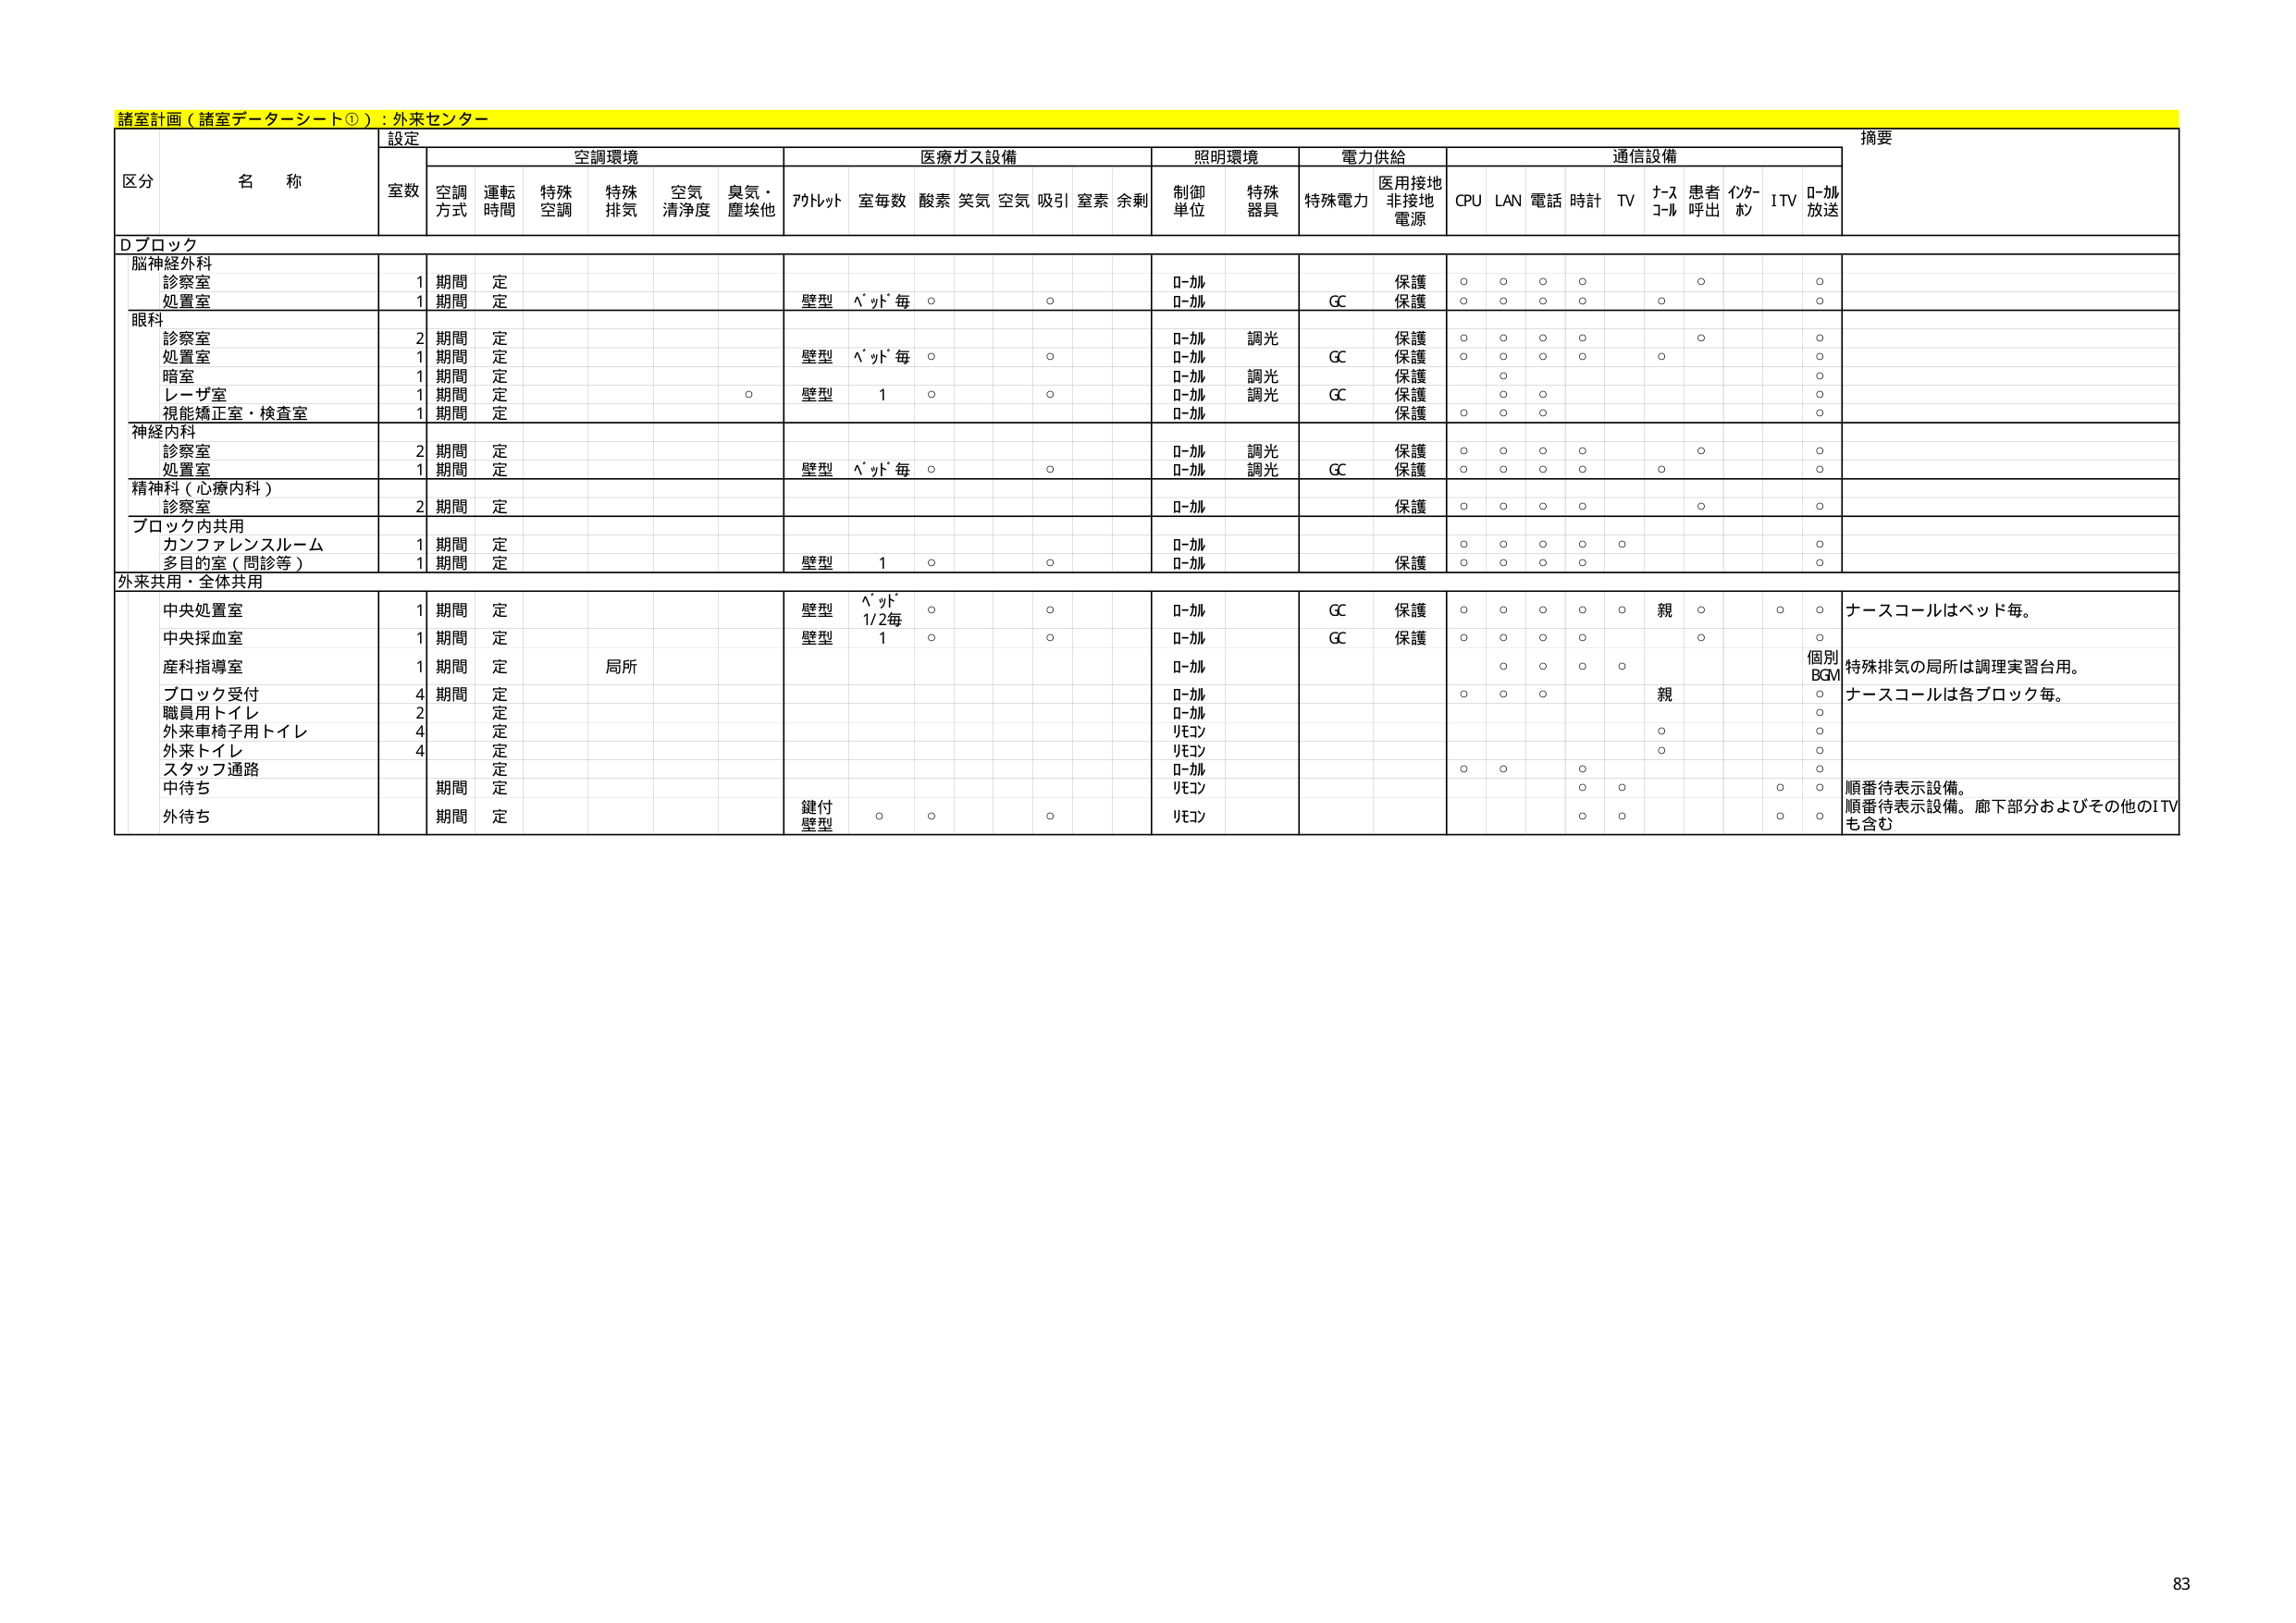
諸室計画（諸室データーシート①）：外来センター

設定
摘要

区分 名称
室数 空調方式 運転時間 特殊空調 特殊排気 空気清浄度 臭気・塵埃他
アットルット 室毎数 酸素 笑気 空気 吸引 窒素 余剰
制御単位 特殊器具 特殊電力 医用接地非接地電源 CPU LAN 電話 時計 TV ナースコール 患者呼出 インターホン ITV ローカル放送

Dブロック

脳神経外科
診察室 1 期間 定
処置室 1 期間 定 壁型 ベッド毎 ○ ○ ローカル 保護 ○ ○ ○ ○ ○ ○
ローカル 保護 ○ ○ ○ ○ ○ ○

眼科
診察室 2 期間 定 壁型 ベッド毎 ○ ○ ローカル 調光 保護 ○ ○ ○ ○ ○ ○
処置室 1 期間 定 ローカル 保護 ○ ○ ○ ○ ○ ○
暗室 1 期間 定 ローカル 調光 保護 ○ ○
レーザ室 1 期間 定 ○ 壁型 1 ○ ○ ローカル 調光 保護 ○ ○ ○
視能矯正室・検査室 1 期間 定 ローカル 保護 ○ ○ ○

神経内科
診察室 2 期間 定 壁型 ベッド毎 ○ ○ ローカル 調光 保護 ○ ○ ○ ○ ○ ○
処置室 1 期間 定 ローカル 調光 保護 ○ ○ ○ ○ ○ ○

精神科（心療内科）
診察室 2 期間 定 ローカル 保護 ○ ○ ○ ○ ○ ○

ブロック内共用
カンファレンスルーム 1 期間 定 ローカル ○ ○ ○ ○ ○ ○
多目的室（問診等） 1 期間 定 壁型 1 ○ ○ ローカル 保護 ○ ○ ○ ○ ○ ○

外来共用・全体共用
中央処置室 1 期間 定 壁型 ベッド1/2毎 ○ ○ ローカル GC 保護 ○ ○ ○ ○ ○ 親 ○ ○ ○ ナースコールはベッド毎。
中央採血室 1 期間 定 壁型 1 ○ ○ ローカル GC 保護 ○ ○ ○ ○ ○ ○
産科指導室 1 期間 定 局所 ローカル ○ ○ ○ ○ 個別BGM 特殊排気の局所は調理実習台用。
ブロック受付 4 期間 定 ローカル ○ ○ ○ 親 ○ ナースコールは各ブロック毎。
職員用トイレ 2 定 ローカル ○
外来車椅子用トイレ 4 定 リモコン ○ ○
外来トイレ 4 定 リモコン ○ ○
スタッフ通路 定 ローカル ○ ○ ○
中待ち 期間 定 リモコン ○ ○ ○ 順番待表示設備。
外待ち 期間 定 鍵付壁型 ○ ○ ○ リモコン ○ ○ ○ 順番待表示設備。廊下部分およびその他のITVも含む

83